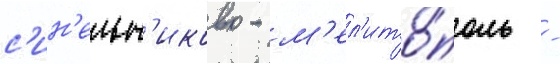
с'ин'ельн'иково - м'ел'ито́поль -